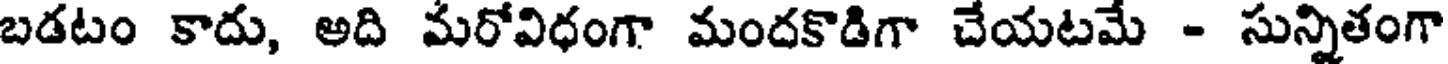
బడటం కాదు, అది మరోవిధంగా మందకొడిగా చేయటమే - సున్నితంగా